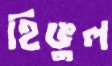
হিঙুল